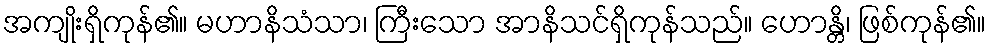
အကျိုးရှိကုန်၏။ မဟာနိသံသာ၊ ကြီးသော အာနိသင်ရှိကုန်သည်။ ဟောန္တိ၊ ဖြစ်ကုန်၏။